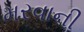
મરવાની